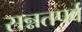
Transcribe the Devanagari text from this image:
सन्नतपर्व